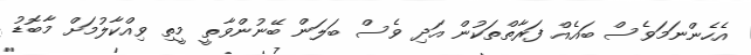
އެހެންނަމަވެސް ބައެއް ފަރާތްތަކުން އަދި ވެސް ބަލަން ބޭނުންވާތީ މީތި ވިއްކާލުމަށް މާބޮޑު